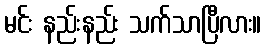
မင်း နည်းနည်း သက်သာပြီလား။